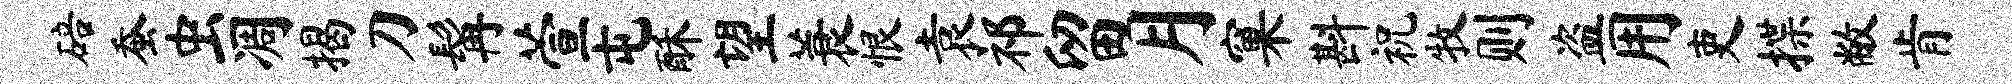
碚蚕虫凋揭刀髯萱屯酥望蓑恨袁祁留月窠斟祝牧则盗用吏揲敝肯